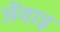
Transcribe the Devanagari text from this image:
जेंवाइ